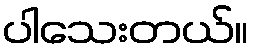
ပါသေးတယ်။